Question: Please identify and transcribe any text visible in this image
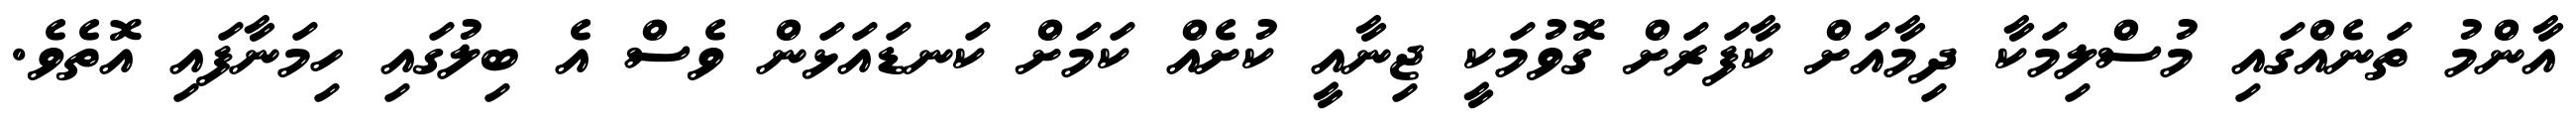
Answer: އާންމު ތަނެއްގައި މުސްލިމަކާ ދިމާއަށް ކާފަރަށް ގޮވުމަކީ ޖިނާއީ ކުށެއް ކަމަށް ކަނޑައަޅަން ވެސް އެ ބިލުގައި ހިމަނާފައި އޮތެވެ.